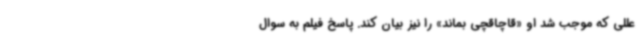
عللی که موجب شد او «قاچاقچی بماند» را نیز بیان کند. پاسخ فیلم به سوال